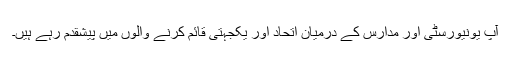
آپ یونیورسٹی اور مدارس کے درمیان اتحاد اور یکجہتی قائم کرنے والوں میں پیشقدم رہے ہیں۔